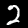
Digit: 2